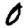
Digit: 0